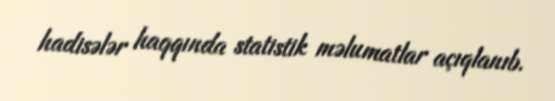
hadisələr haqqında statistik məlumatlar açıqlanıb.